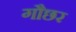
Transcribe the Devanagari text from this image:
गौछर